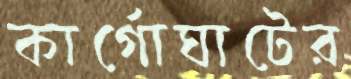
কার্গোঘাটের